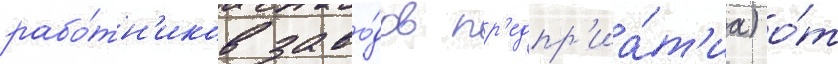
рабо́тн'иков заво́дов пр'едпр'иа́т'иа) о́т